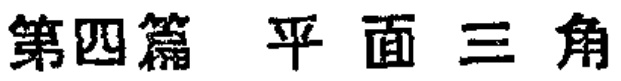
第四篇 平面三角